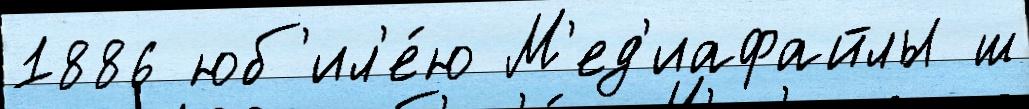
1886 юб'ил'е́ю М'ед'иафайлы ш